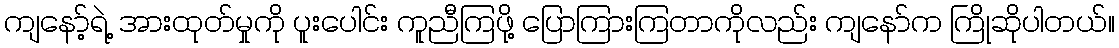
ကျနော့်ရဲ့ အားထုတ်မှုကို ပူးပေါင်း ကူညီကြဖို့ ပြောကြားကြတာကိုလည်း ကျနော်က ကြိုဆိုပါတယ်။